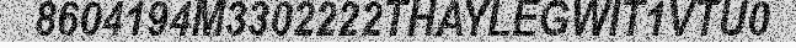
8604194M3302222THAYLEGWIT1VTU0